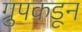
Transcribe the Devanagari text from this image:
ग्रुपकडून